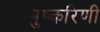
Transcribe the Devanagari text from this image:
पुष्‍करिणी